Indian journal of veterinary science and animal husbandry - Volumes 26-27, 1956-1957
Year: 1956
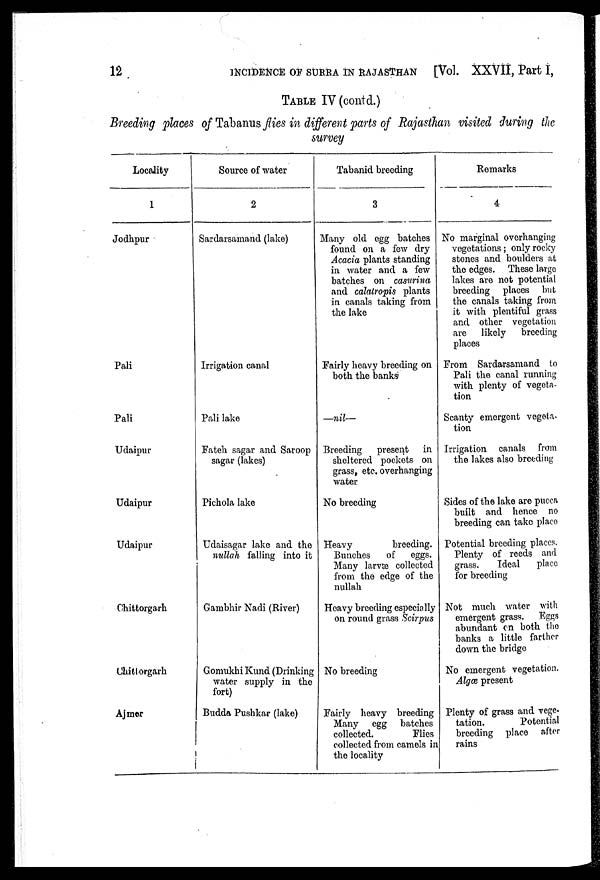
12
INCIDENCE OF SURRA IN RAJASTHAN [Vol. XXVII, Part I,
TABLE IV (contd.)
Breeding places of Tabanus flies in different parts of Rajasthan visited during the
survey
Locality
1
Jodhpur
Pali
Pali
Udaipur
Udaipur
Udaipur
Chittorgarh
Chittorgarh
Ajmer
Source of water
2
Sardarsamand (lake)
Irrigation canal
Pali lake
Fateh sagar and Saroop
sagar (lakes)
Pichola lake
Udaisagar lake and the
nullah falling into it
Gambhir Nadi (River)
Gomukhi Kund (Drinking
water supply in the
fort)
Budda Pushkar (lake)
Tabanid breeding
3
Many old egg batches
found on a few dry
Acacia plants standing
in water and a few
batches on casurina
and calatropis plants
in canals taking from
the lake
Fairly heavy breeding on
both the banks
—nil—
Breeding
present
in
sheltered pockets on
grass, etc. overhanging
water
No breeding
Heavy
breeding.
Bunches
of
eggs.
Many larvœ collected
from the edge of the
nullah
Heavy breeding especially
on round grass Scirpus
No breeding
Fairly heavy breeding
Many egg batches
collected.
Flies
collected from camels in
the locality
Remarks
4
No marginal overhanging
vegetations ; only rocky
stones and boulders at
the edges. These large
lakes are not potential
breeding places but
the canals taking from
it with plentiful grass
and other vegetation
are
likely
breeding
places
From Sardarsamand to
Pali the canal running
with plenty of vegeta-
tion
Scanty emergent vegeta-
tion
Irrigation canals from
the lakes also breeding
Sides of the lake are pucca
built and hence no
breeding can take place
Potential breeding places.
Plenty of reeds and
grass.
Ideal
place
for breeding
Not much water with
emergent grass. Eggs
abundant on both the
banks a little farther
down the bridge
No emergent vegetation.
Algœ present
Plenty of grass and vege-
tation.
Potential
breeding place after
rains